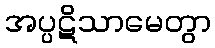
အပ္ပဋိသာမေတွာ